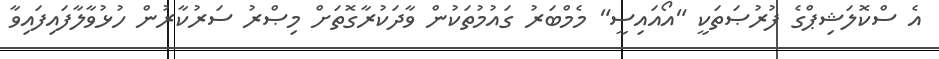
އެ ސްކޮލަޝިޕްގެ ފުރުޞަތަކީ "އޯއައިސީ" މެމްބަރު ގައުމުތަކުން ވާދަކުރާގޮތަށް މިޞްރު ސަރުކާރުން ހުޅުވާލާފައިފައިވާ